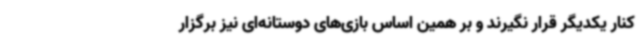
کنار یکدیگر قرار نگیرند و بر همین اساس بازی‌های دوستانه‌ای نیز برگزار